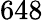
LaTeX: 648